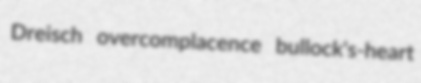
Dreisch overcomplacence bullock's-heart